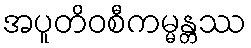
အပူတိဝစီကမ္မန္တဿ